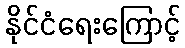
နိုင်ငံရေးကြောင့်